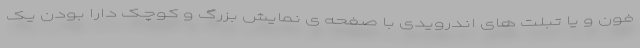
فون و یا تبلت های اندرویدی با صفحه ی نمایش بزرگ و کوچک دارا بودن یک